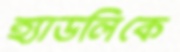
হ্যাডলিকে